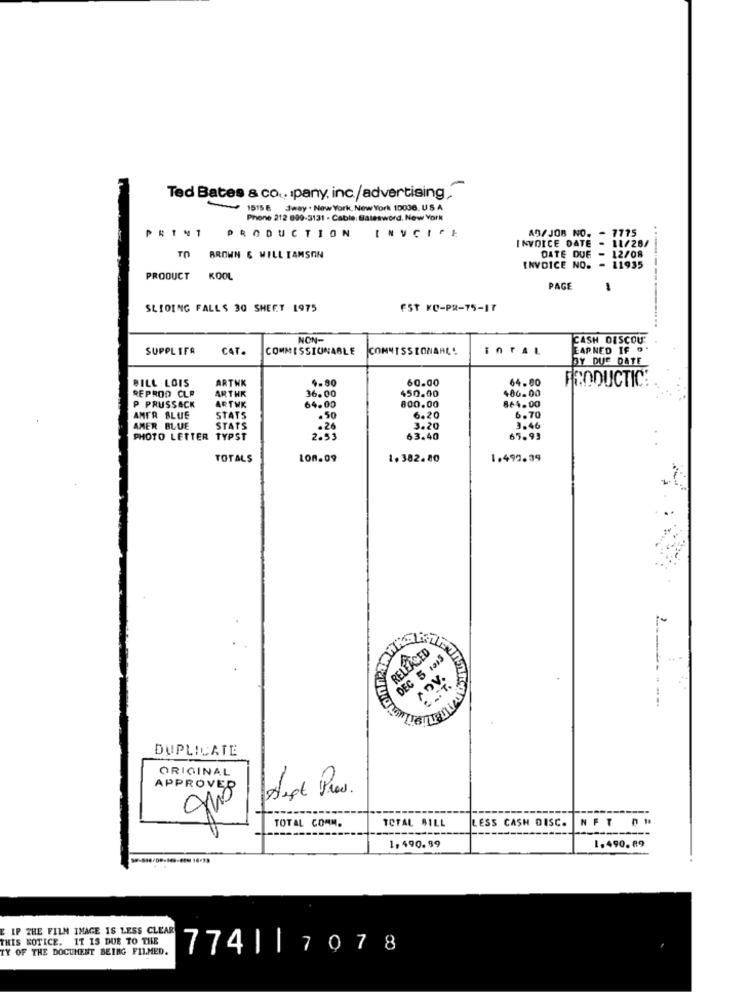
-
Ted Bates & co .. pany, inc./advertising.
1515 E Jway . New York, New York 10036, US A
Phone 212 899-3131 - Cable: Batesword. New York
PRINT
7775
PRODUCTION INVCISE
INVOICE DATE - 11/28/
A9/ JOB NO.
TO
BROWN & WILLIAMSON
DATE DUE - 12/08
INVOICE NO. - 11935
PRODUCT
KOOL
PAGE
-
SLIDING FALLS 30 SHEET 1975
FST KO-PR-75-17
..-------....
NON-
CASH DISCOU
SUPPLIFA
CAT.
COMMISSIONABLE
COMMISSIONARE !
TOTAL
EARNED IF "'
BY DUE DATE
BILL LOIS
ARTWK
1-80
60.00
64.80
PRODUCTIC:
450.00
486.00
REPROD CLP
ARTHR
ARTWK
36.00
864.00
P PRUSSACK
64.00
800.00
AMER BLUE
STATS
.50
6.20
6.70
AMER BLUE
STATS
.26
3.20
3.46
PHOTO LETTER TYPST
2.53
63.40
65.93
TOTALS
LOR.09
1.382.80
1.499.39
RELEASED
DEC 5 1013
ADV.
DUPLICATE
ORIGINAL
APPROVED
This
TOTAL BILL
LESS CASH DISC.
NFT n1
TOTAL COMM.
------
1, 490.99
1.490.89
E IP THE FILM IMAGE IS LESS CLEAR
THIS NOTICE. IT IS DUE TO THE
TY OF THE DOCUMENT BEING FILMED.
774||7078